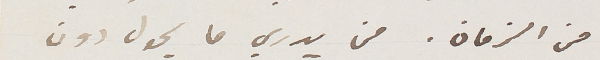
من الزمان. من يدري ما يحول دون